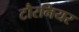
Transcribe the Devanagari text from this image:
टौरनियर